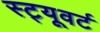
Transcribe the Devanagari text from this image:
स्ट्यूवर्ट